Scientific memoirs by medical officers of the Army of India - Part XII,
Year: 1901
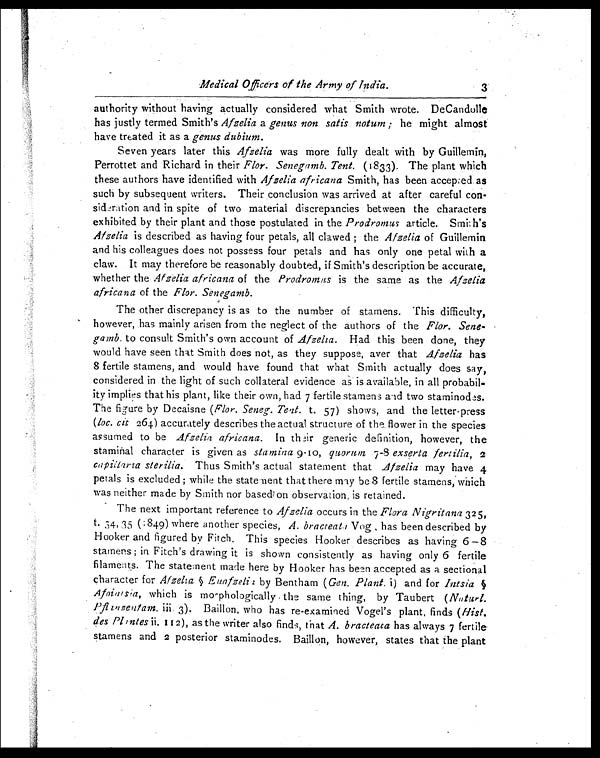
'Medical Officers of the Army of India.
3
authority without having actually considered what Smith wrote. DeCandolle
has justly termed Smith's Afzelia a genus non satis notum ; he might almost
have treated it as a genus dubium.
Seven years later this Afzelia was more fully dealt with by Guillernin,
Perrottet and Richard in their Flor. Senegamb. Tent. (1833). The plant which
these authors have identified with Afzelia africana Smith, has been accepted
such by subsequent writers. Their conclusion was arrived at after careful con-
sideration and in spite of two material discrepancies between the characters
exhibited by their plant and those postulated in the Prodromus article. Smith's
Afzelia is described as having four petals, all clawed ; the Afzelia of Guillemin
and his colleagues does not possess four petals and has only one petal with a
claw. It may therefore be reasonably doubted, if Smith's description be accurate,
whether the Afzelia africana of the Prodromus is the same as the Afzelia
africana of the Flor. Senegamb.
The other discrepancy is as to the number of stamens. This difficulty,
however, has mainly arisen from the neglect of the authors of the Flor. Sene-
gamb. to consult Smith's own account of Afzelia. Had this been done, they
would have seen that Smith does not, as they suppose, aver that Afzelia has
8 fertile stamens, and would have found that what Smith actually does say,
considered in the light of such collateral evidence as is available, in all probabil-
ity implies that his plant, like their own, had 7 fertile stamens aid two staminod es.
The figure by Decaisne (Flor. Seneg. Tent. t. 57) shows, and the letter-press
(loc. cit 264) accurately describes the actual structure of the flower in the species
assumed to be Afzelia africana. In their generic definition, however, the
staminal character is given as stamina 9-10, quorum 7-8 exserta fertilia, 2
capillaria Thus Smith's actual statement that Afzelia may have 4
petals is excluded ; while the statement that there may be 8 fertile stamens ; which
was neither made by Smith nor based on observation, is retained.
The next important reference to Afzelia occurs in the Flora Nigritana 325,
t. 34 , 35 (:849) where another species, A. bracteataV o g , h a s b e e n d e s c r i b e d b y
Hooker and figured by Fitch. This species Hooker describes as having 6 —8
stamens ; in Fitch's drawing it is shown consistently as having only 6 fertile
filaments. The statement made here by Hooker has been accepted as a sectional
character for Afzelia § Euafzelia by Bentham (Gen. Plant. 1) and for Intsia §
Afoinisi a, which is mo r phologically the same thing, by Taubert (Naturl.
P Pflinzentam. iii. 3). Baillon, who has re-examined Vogel's plant, finds (Mist.
des Pl intes ii. 112), as the writer also finds, that A. bracteata has always 7 fertile.
stamens and 2 posterior staminodes. Baillon, however, states that the plant